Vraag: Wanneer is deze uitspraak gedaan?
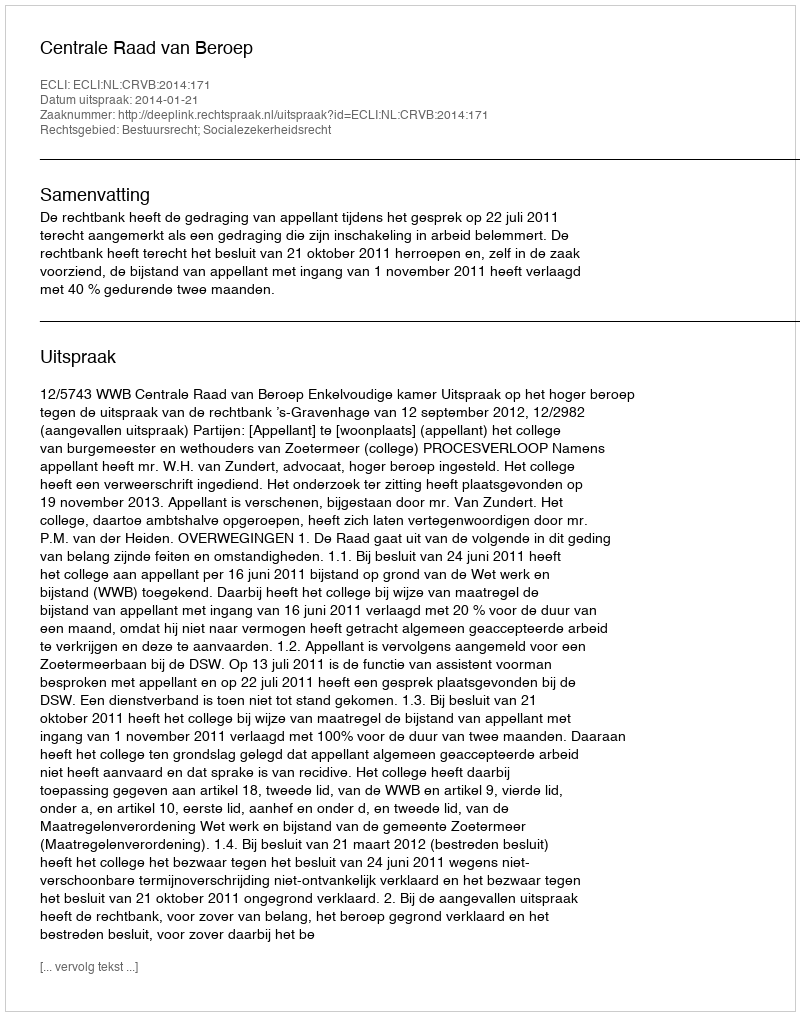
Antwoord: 2014-01-21